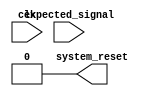
module watchdog_timer (
    input wire clk,           // Clock signal
    input wire expected_signal, // Expected signal to monitor
    output wire system_reset   // System reset signal
);

parameter COUNTER_WIDTH = 10; // Counter width for timing window
parameter PRESET_VALUE = 100; // Preset value for counter

reg [COUNTER_WIDTH-1:0] counter; // Counter register

always @(posedge clk) begin
    if (counter > 0) begin
        counter <= counter - 1;
    end else begin
        if (!expected_signal) begin
            system_reset <= 1; // Trigger system reset
            counter <= PRESET_VALUE; // Reset counter
        end
    end
end

// Clock gating logic
assign system_reset = 1'b0;

endmodule